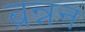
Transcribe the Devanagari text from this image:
ब्रन्नन